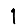
Digit: 1